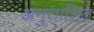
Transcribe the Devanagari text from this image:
अनुसाशित